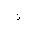
Letter: _thal